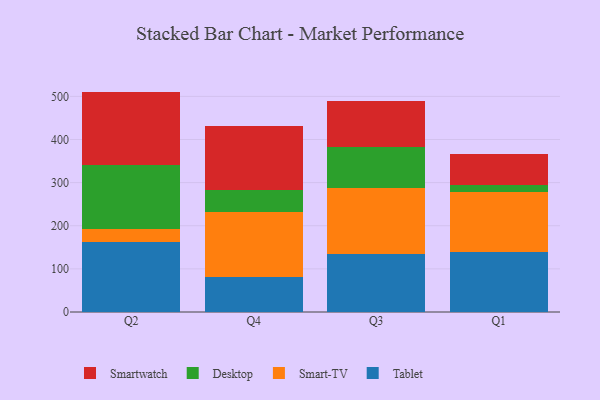
{"axis": {"x": "Quarter", "y": "Budget (USD K)"}, "legend": ["Desktop", "Smart-TV", "Smartwatch", "Tablet"], "data": [{"x": "Q2", "y": 161.3, "type": "Tablet"}, {"x": "Q2", "y": 31.8, "type": "Smart-TV"}, {"x": "Q2", "y": 148.6, "type": "Desktop"}, {"x": "Q2", "y": 169.4, "type": "Smartwatch"}, {"x": "Q4", "y": 82.3, "type": "Tablet"}, {"x": "Q4", "y": 150.2, "type": "Smart-TV"}, {"x": "Q4", "y": 51.0, "type": "Desktop"}, {"x": "Q4", "y": 146.9, "type": "Smartwatch"}, {"x": "Q3", "y": 134.4, "type": "Tablet"}, {"x": "Q3", "y": 152.1, "type": "Smart-TV"}, {"x": "Q3", "y": 97.1, "type": "Desktop"}, {"x": "Q3", "y": 105.3, "type": "Smartwatch"}, {"x": "Q1", "y": 139.7, "type": "Tablet"}, {"x": "Q1", "y": 137.9, "type": "Smart-TV"}, {"x": "Q1", "y": 17.6, "type": "Desktop"}, {"x": "Q1", "y": 70.8, "type": "Smartwatch"}]}